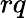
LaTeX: rq